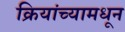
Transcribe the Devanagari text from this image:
क्रियांच्यामधून